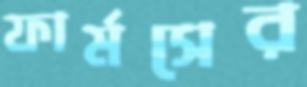
ফার্মসের